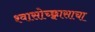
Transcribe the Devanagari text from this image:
श्वासोच्छ्वासाचा